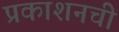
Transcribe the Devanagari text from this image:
प्रकाशनची